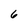
Character: 6